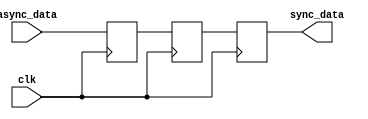
module triple_ff_synchronizer (
    input wire clk,          // Synchronous clock signal
    input wire async_data,   // Asynchronous input signal to be synchronized
    output reg sync_data     // Synchronized output signal
);

    // Internal signals for the intermediate flip-flops
    reg ff1_out; // Output of the first flip-flop
    reg ff2_out; // Output of the second flip-flop

    // First flip-flop
    always @(posedge clk) begin
        ff1_out <= async_data; // Capture async_data
    end

    // Second flip-flop
    always @(posedge clk) begin
        ff2_out <= ff1_out; // Capture output of the first flip-flop
    end

    // Third flip-flop
    always @(posedge clk) begin
        sync_data <= ff2_out; // Capture output of the second flip-flop
    end

endmodule